65_HS1-834228961_62-HQ-83894_SUB_A
Agency: FBI
Page 49
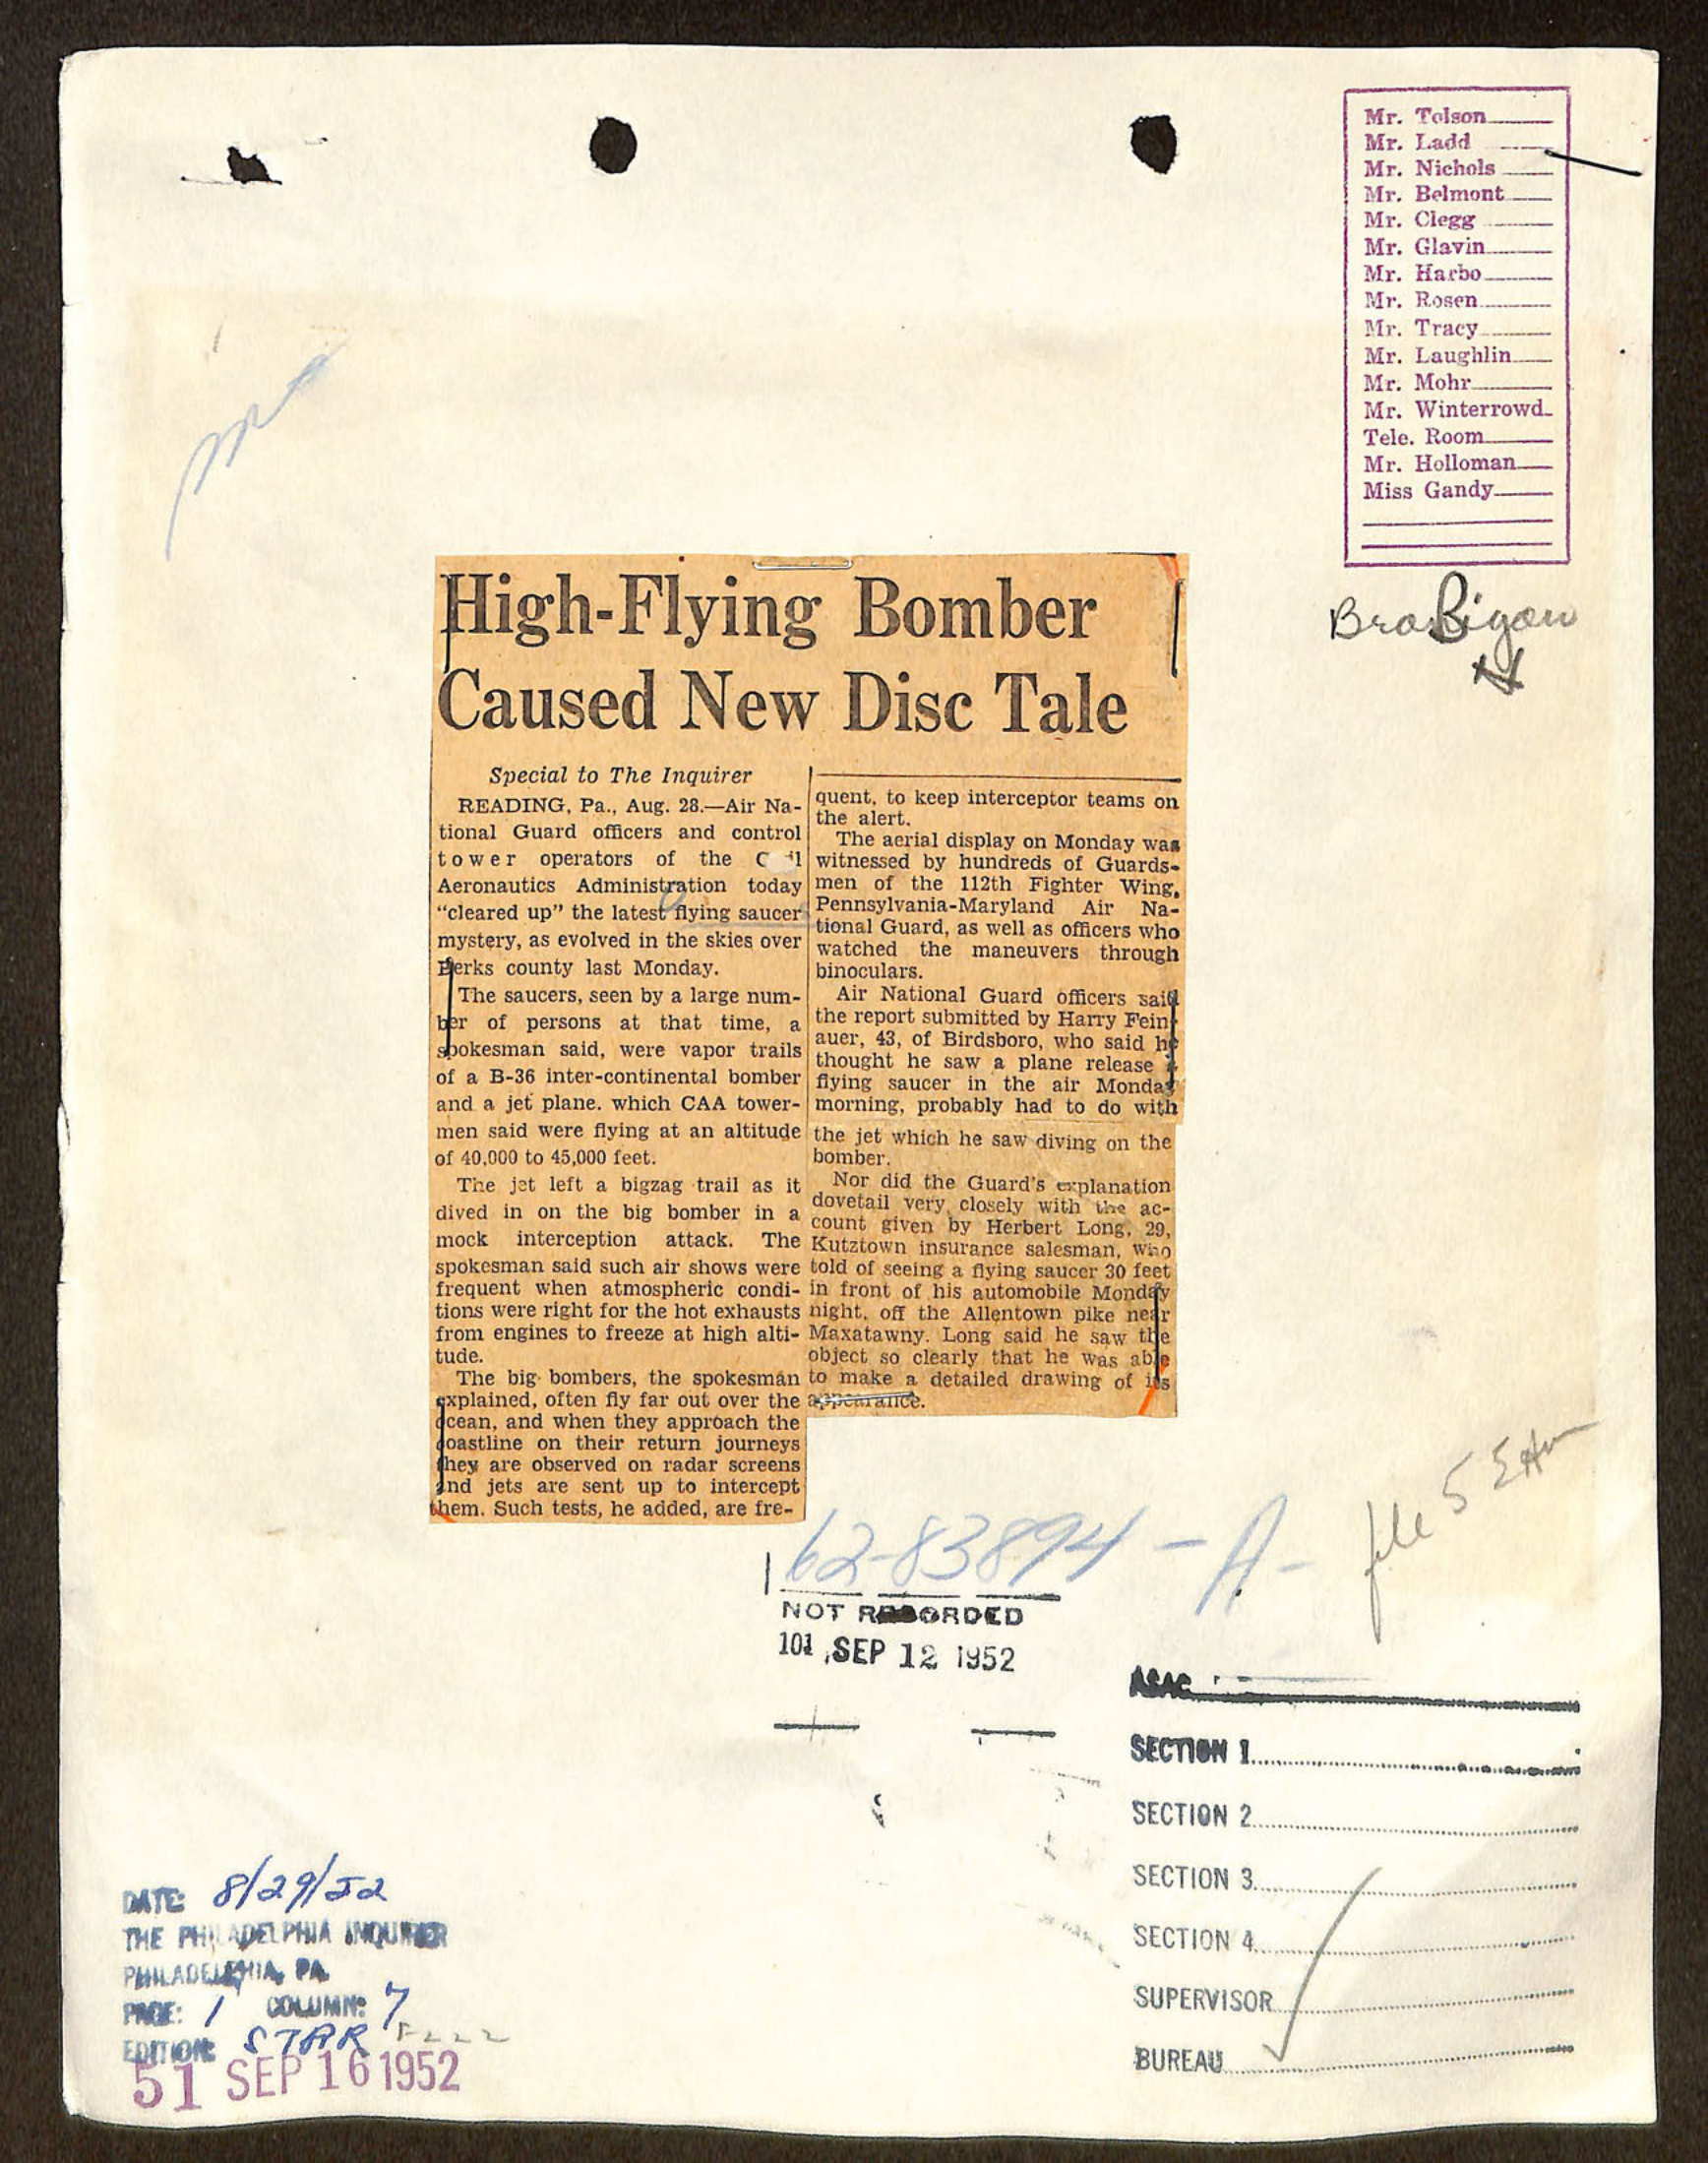